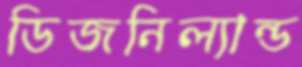
ডিজনিল্যান্ড